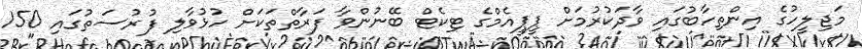
މަޖިލީހުގެ އިންތިހާބުގައި ވާދަކުރުމަށް ޕީޕީއެމްގެ ޓިކެޓް ބޭނުންވާ ފަރާތްތަކަށް ހުޅުވާލި ފުރުސަތުގައި 150